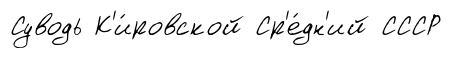
Суводь К'и́ровской Ср'е́дн'ий СССР